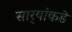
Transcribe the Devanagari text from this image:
सार्‍यांकडे